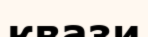
квази